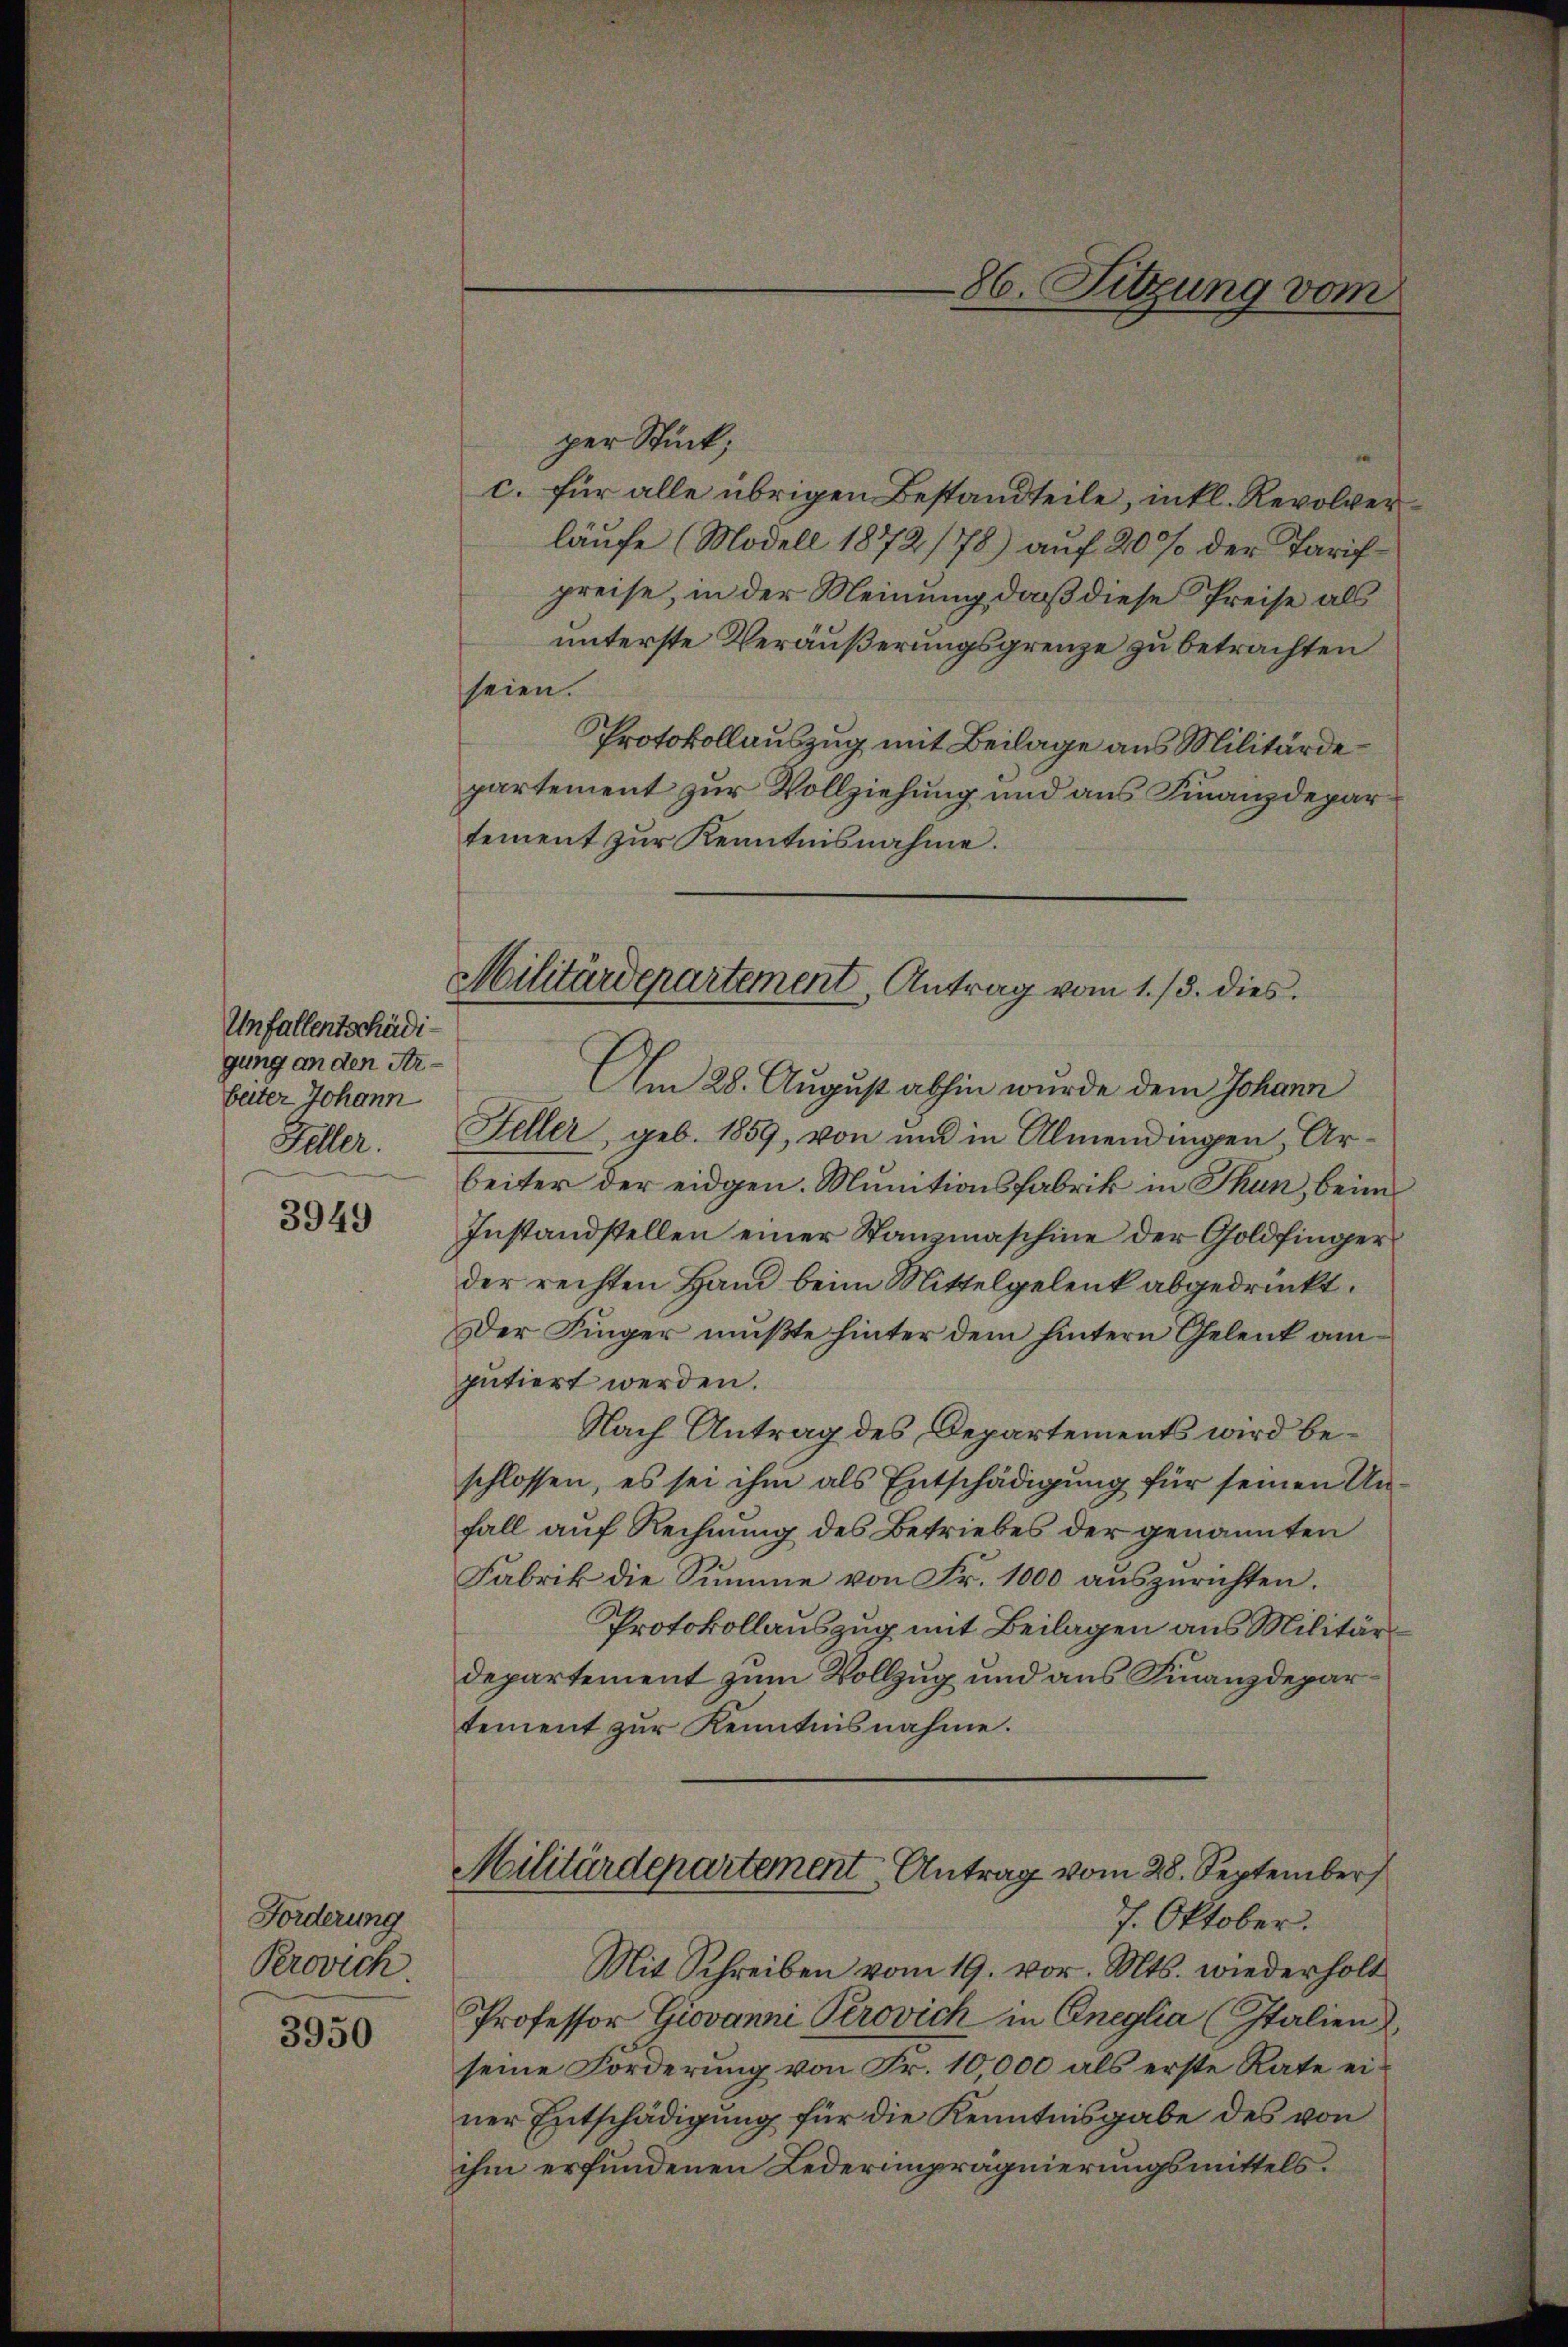
Unfallentschädigung an den Arbeiter Johann
Feller.

3949

Forderung
Perovich
3950

per Stück;
c. für alle übrigen Bestandteile, inkl. Revolverläufe (Modell 1872/78) auf 20 % der Tarifpreise, in der Meinung, daß diese Preise als
unterste Veräußerungsgrenze zu betrachten
seien.
Protokollauszug mit Beilage aus Militärdepartement zur Vollziehung und aus Finanzdepar
tement zur Kenntnisnahme.
Militärdepartement Antrag vom 1./3. dies

Am 28. August abhin wurde dem Johann
Feller, geb. 1859, von und in Almendingen Arbeiter der eidgen. Munitionsfabrik in Thun, beim
Instandstellen einer Stanzmaschine der Goldfinger
der rechten Hand beim Mittelgelenk abgedrückt.
Der Finger mußte hinter dem hintern Gelenk am
putiert werden.
Nach Antrag des Departements wird beschlossen, es sei ihm als Entschädigung für seinen Unfall auf Rechnung des Betriebes der genannten
Fabrik die Summe von Fr. 1000 auszurichten.
Protokollauszug mit Beilagen aus Militärdepartement zum Vollzug und aus Finanzdepartement zur Kenntnisnahme.

86. Sitzung vom

Militärdepartement Antrag vom 28. September
7. Oktober.

Mit Schreiben vom 19. vor. Mts. wiederholt
Professor Giovanni Provich in Eneglia (Italien
seine Forderung von Fr. 10,000 als erste Rate einer Entschädigung für die Kenntnisgabe des von
ihm erfundenen Lederimprägnierungsmittels.